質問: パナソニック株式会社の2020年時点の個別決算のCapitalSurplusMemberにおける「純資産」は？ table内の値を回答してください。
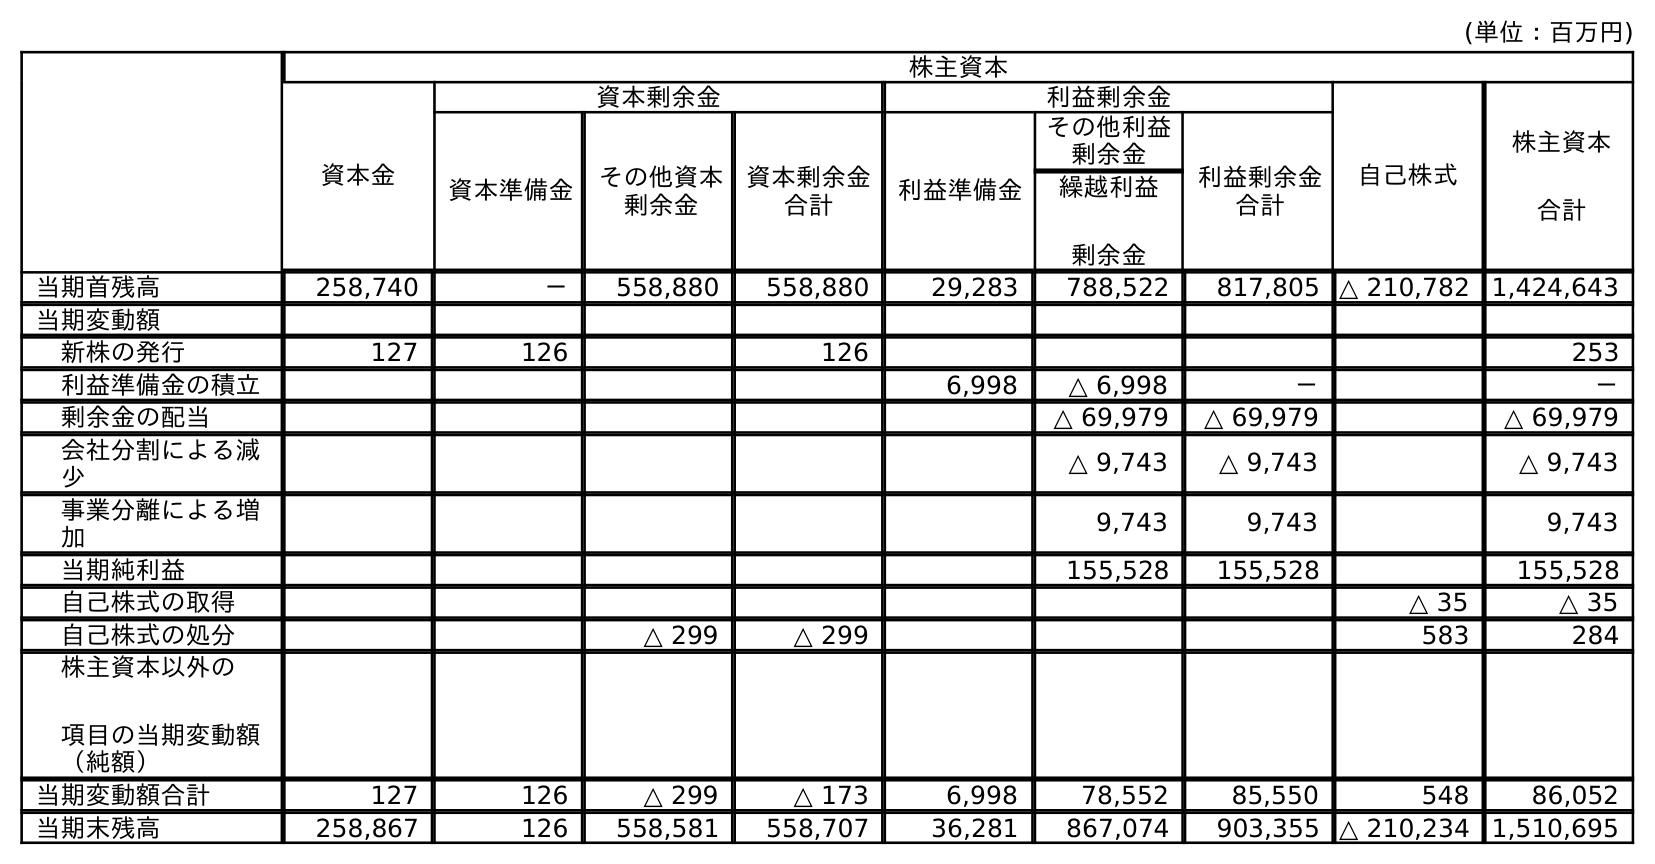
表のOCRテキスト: (単位：百万円) 株主資本 資本金 資本剰余金 利益剰余金 自己株式 株主資本 合計 資本準備金 その他資本 剰余金 資本剰余金 合計 利益準備金 その他利益 剰余金 利益剰余金 合計 繰越利益 剰余金 当期首残高 258,740 － 558,880 558,880 29,283 788,522 817,805 △ 210,782 1,424,643 当期変動額 新株の発行 127 126 126 253 利益準備金の積立 6,998 △ 6,998 － － 剰余金の配当 △ 69,979 △ 69,979 △ 69,979 会社分割による減 少 △ 9,743 △ 9,743 △ 9,743 事業分離による増 加 9,743 9,743 9,743 当期純利益 155,528 155,528 155,528 自己株式の取得 △ 35 △ 35 自己株式の処分 △ 299 △ 299 583 284 株主資本以外の 項目の当期変動額 （純額） 当期変動額合計 127 126 △ 299 △ 173 6,998 78,552 85,550 548 86,052 当期末残高 258,867 126 558,581 558,707 36,281 867,074 903,355 △ 210,234 1,510,695
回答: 558,707